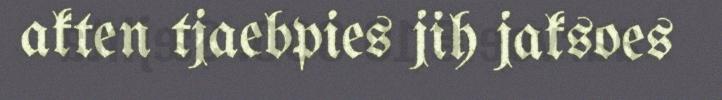
akten tjaebpies jih jaksoes